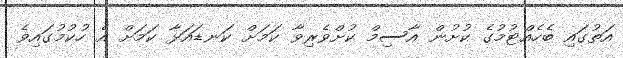
އަތުގައި ބެހެއްޓުމުގެ ކުށުން އާސިމް ކުށްވެރިވާ ކަމަށް ކަނޑައަޅާ ކަމަށް އެ ހުކުމުގައިވެ